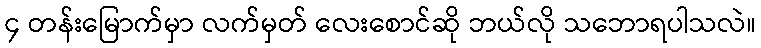
၄ တန်းမြောက်မှာ လက်မှတ် လေးစောင်ဆို ဘယ်လို သဘောရပါသလဲ။